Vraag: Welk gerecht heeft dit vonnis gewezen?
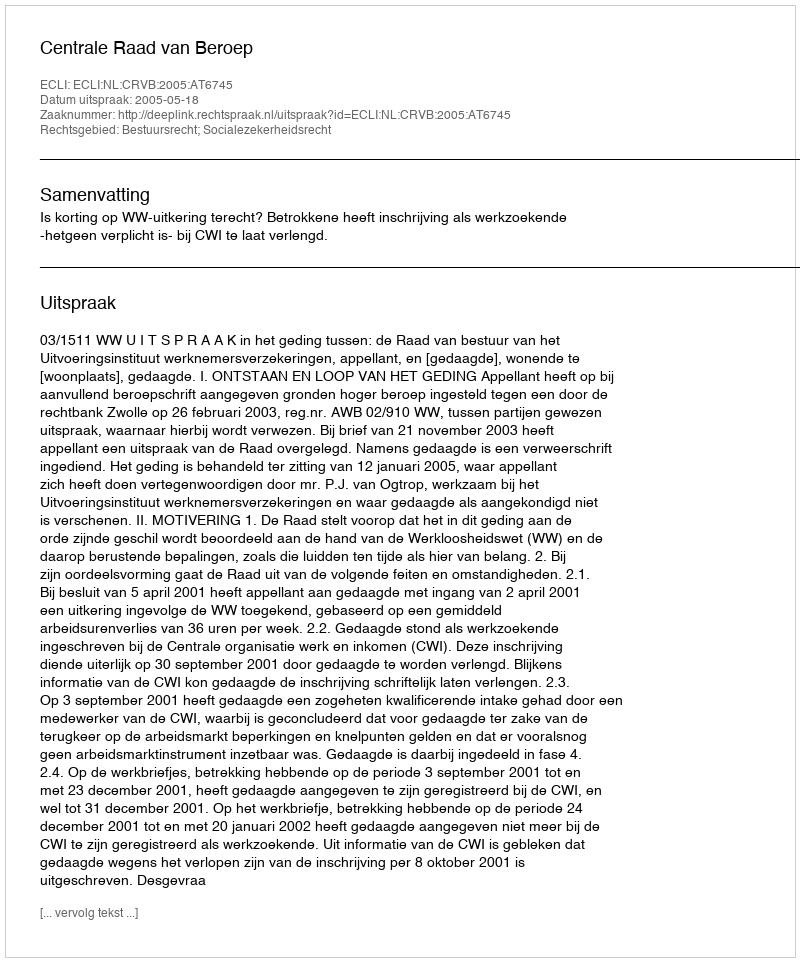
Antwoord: Centrale Raad van Beroep